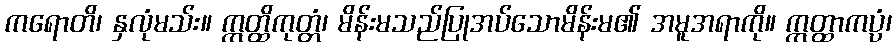
ကရောတိ၊ နှလုံမသ်း။ ဣတ္ထိကုတ္တံ၊ မိန်းမသည်ပြုအပ်သောမိန်းမ၏ အမူအရာကို။ ဣတ္ထာကပ္ပံ၊